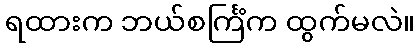
ရထားက ဘယ်စင်္ကြံက ထွက်မလဲ။